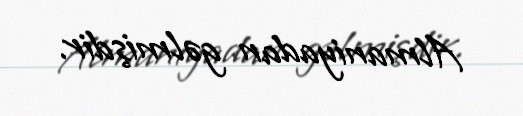
Almaniyadan gəlmişdir.